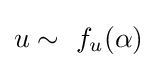
u\sim \ f_{u}(\alpha )